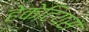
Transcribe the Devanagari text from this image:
हेकेटियस